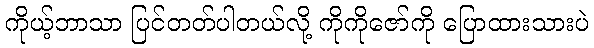
ကိုယ့်ဘာသာ ပြင်တတ်ပါတယ်လို့ ကိုကိုဇော်ကို ပြောထားသားပဲ